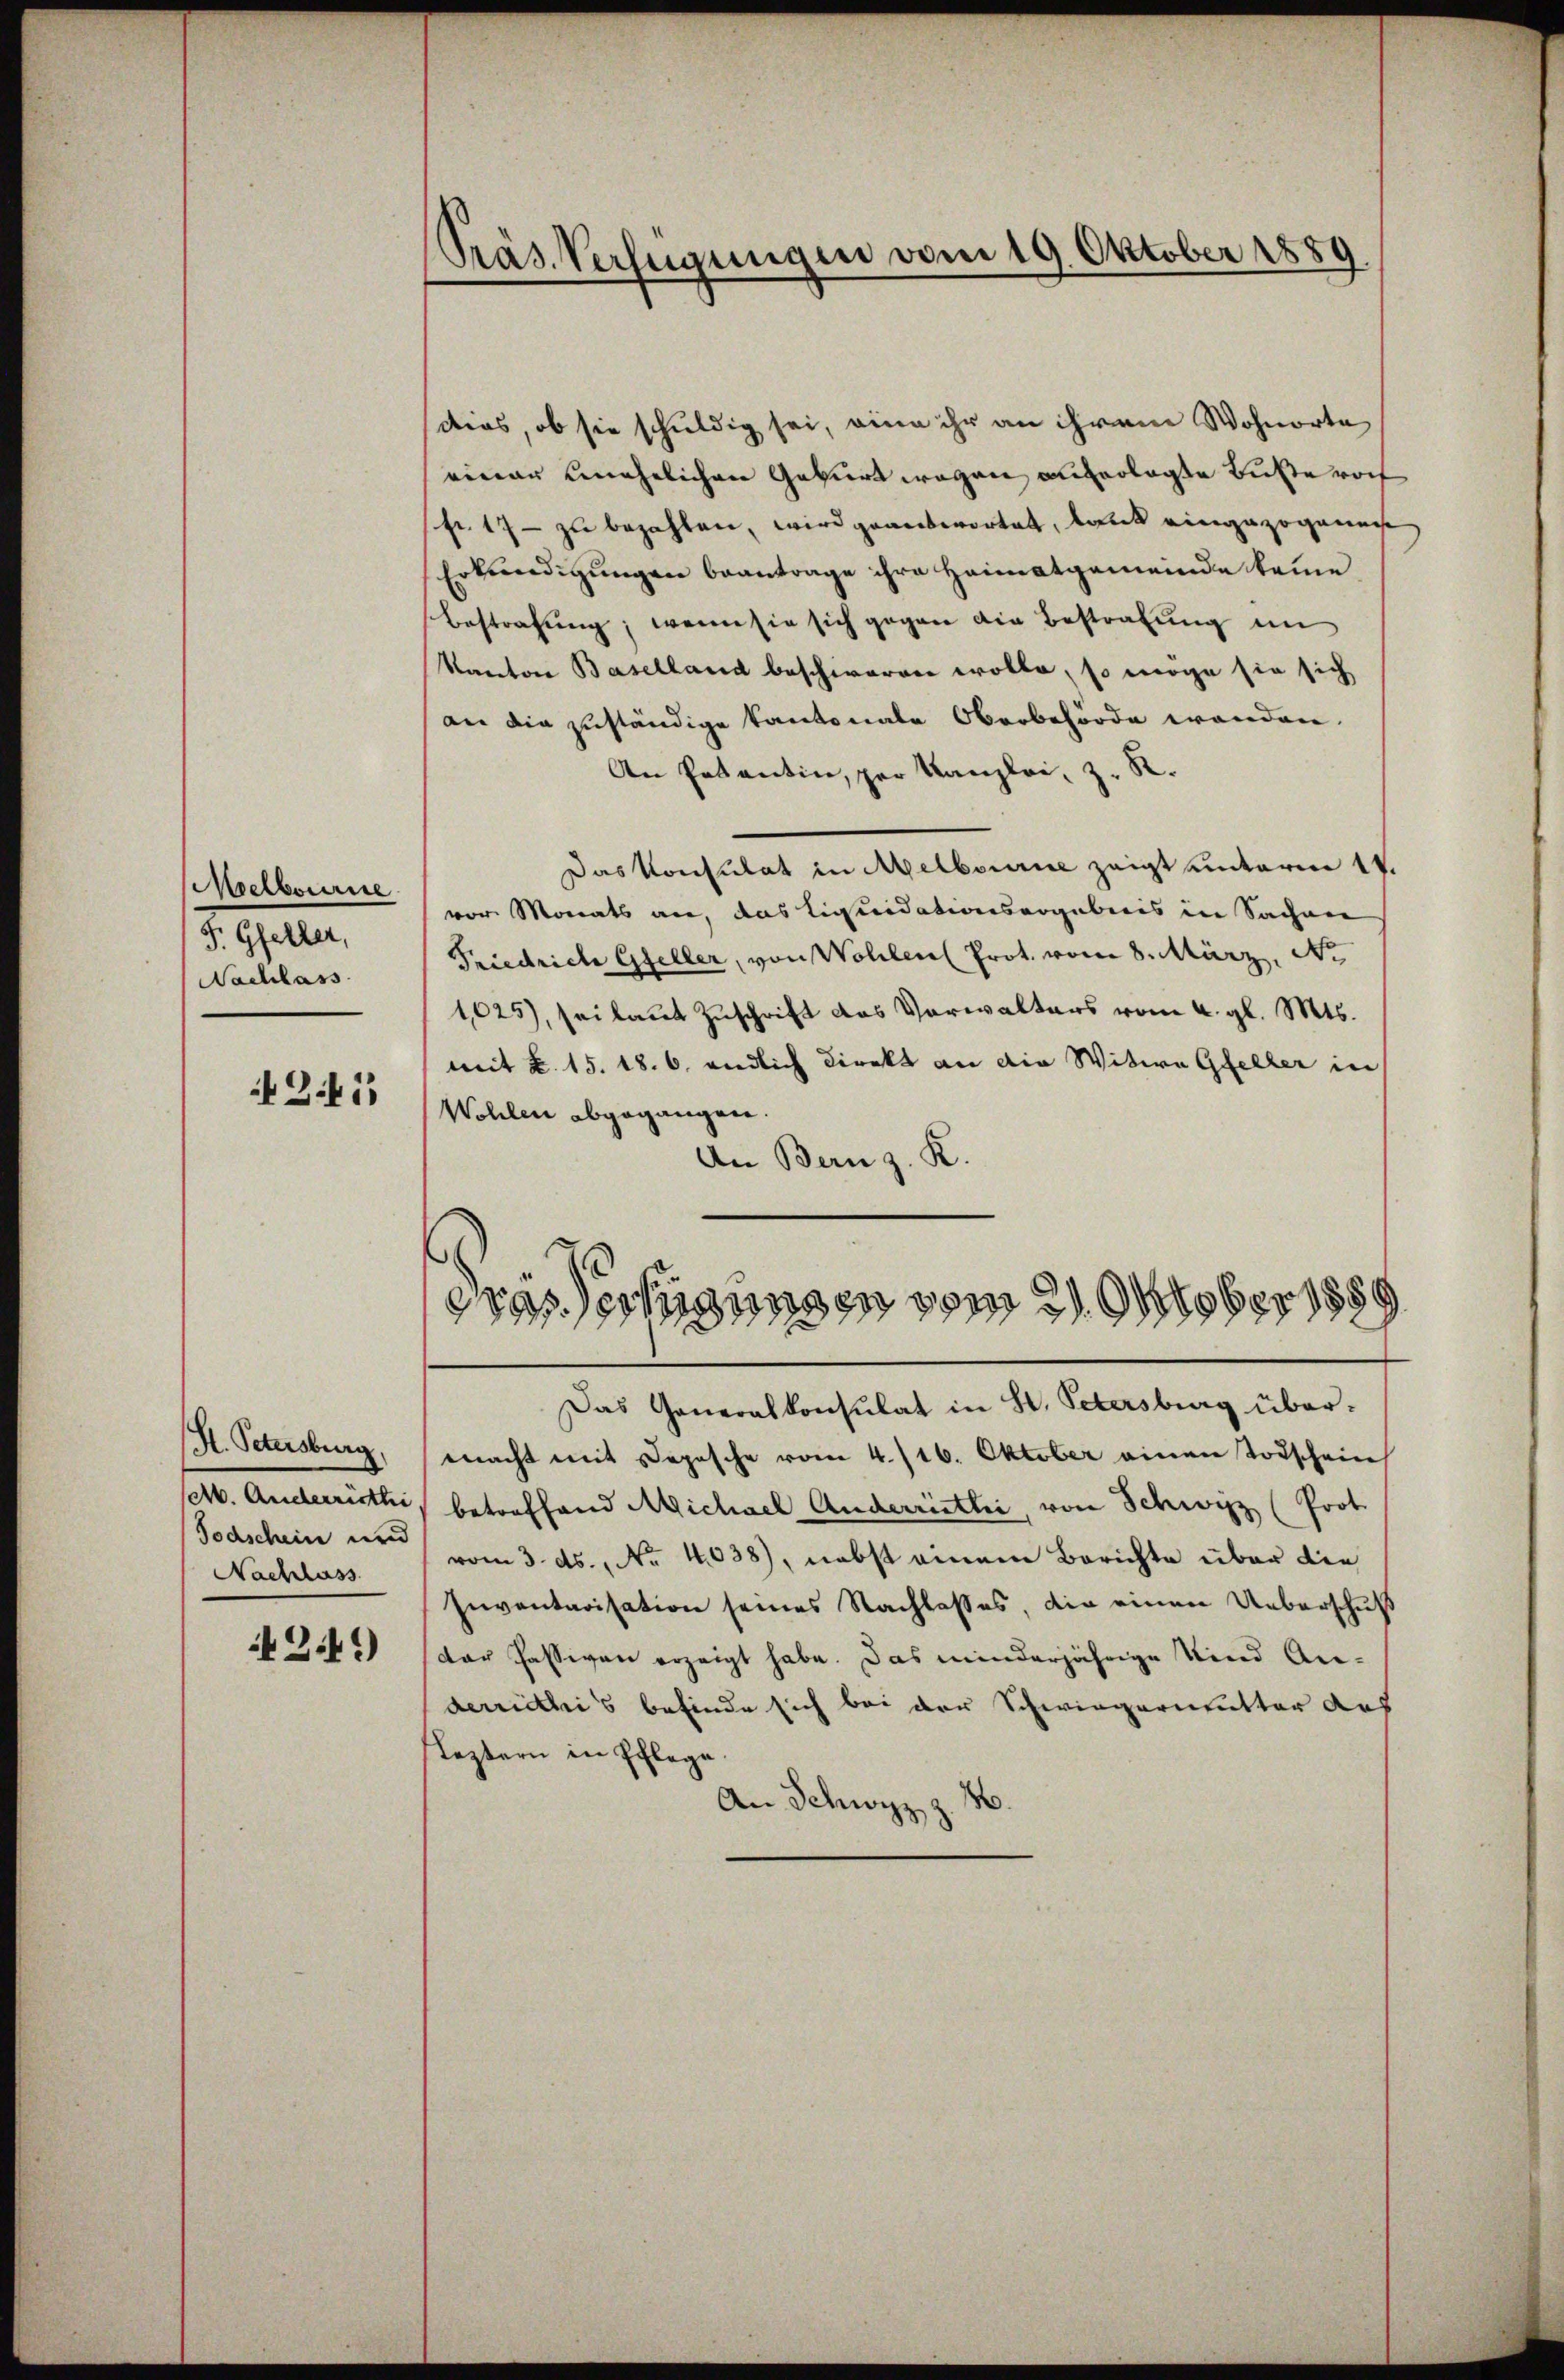
Melbourire
F. Gfeller,
Nachlass

3.41

A. Petersburg.
(. Anderriethi
Todschein und
Nachlass

4349)

PPräs. Verfügungen vom 19. Oktober 1889

dias, ob sie schuldig sei, eine ihr an ihrem Wohnorte
einer unehelichen Geburt wegen auferlegte Buße roch
fr. 17 - zu bezahlen, wird geantwortet, laut eingezogenen
Erkundigungen beantrage ihre Heimatgemeinde keine
Bestrafŭng, wenn sie sich gegen die Bestrafung im
Kanton Baselland beschweren wolle, so möge sie sich
an die zuständige Kantonale Oberbehörde wenden.
An Patentin, per Kanzlei, z. R.
Das Konsulat in Melbourne zeigt unterm 17.
vor Monats an, das Liquidationsergebnis in Sachen
Friedrich Gfeller, von Wohlen Prot. vom 8. März. No
1,025), sei laut Zuschrift des Verwalters vom 4. gl. Mts.
mit k. 15. 18. 6. endlich direkt an die Witwe Gfeller in
Wohlen abgegangen.
An Bern z. K.
)
Grassertigungen vom 21. Oktober 1889
Das Generalkonsulat in St. Petersburg übermacht mit Depesche vom 4./16. Oktober einen Todschein
betreffend Michael Anderriethi, von Schwyz (Prot.
vom 3. ds., No 4038), nebst einem Berichte über die
Inventarisation seines Nachlasses, die einen Ueberschuß
dar Passiven erzeigt habe. Das minderjährige Kind Anderriethis befinde sich bei der Schwiegermutter des
leztern in Pflege
An Schwyz z.